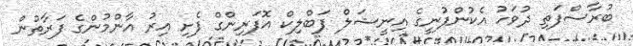
ބުރާސްފަތި ދުވަހު އެކުންފުނީގެ އިނީޝަލް ޕަބްލިކް އޮފަރިންގް ފެށި އިރު އާންމުންގެ ފަރާތުން